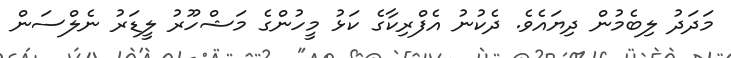
މަދަދު ލިބެމުން ދިޔައެވެ. ދެކުނު އެފްރިކާގެ ކަޅު މީހުންގެ މަޝްހޫރު ލީޑަރު ނެލްސަން